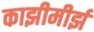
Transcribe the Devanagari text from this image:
काझीमीर्झ